Report on the cholera epidemic of
Year: 1868
Disease focus: Cholera
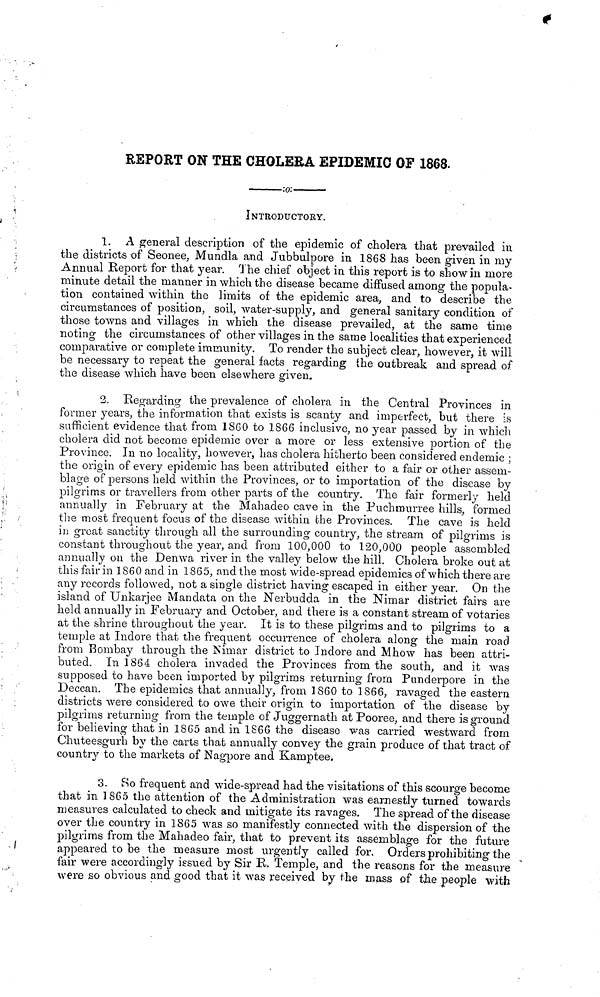
REPORT ON THE CHOLERA EPIDEMIC OF 1868.
______:O:___________ INTRODUCTORY.
1. A general description of the epidemic of cholera that prevailed in
the districts of Seonee, Mundla and Jubbulpore in 1868 has been given in my
Annual Report for that year. The chief object in this report is to show in more
minute detail the manner in which the disease became diffused among the popula-
tion contained within the limits of the epidemic area, and to describe the
circumstances of position, soil, water-supply, and general sanitary condition of
those towns and villages in which the disease prevailed, at the same time
noting the circumstances of other villages in the same localities that experienced
comparative or complete immunity. To render the subject clear, however, it will
be necessary to repeat the general facts regarding the outbreak and spread of
the disease which have been elsewhere given.
2. Regarding the prevalence of cholera in the Central Provinces in
former years, the information that exists is scanty and imperfect, but there is
sufficient evidence that from 1860 to 1866 inclusive, no year passed by in which
cholera did not become epidemic over a more or less extensive portion of the
Province. In no locality, however, has cholera hitherto been considered endemic ;
the origin of every epidemic has been attributed either to a fair or other assem-
blage of persons held within the Provinces, or to importation of the disease by
pilgrims or travellers from other parts of the country. The fair formerly held
annually in February at the Mahadeo cave in the Puchmurree hills, formed
the most frequent focus of the disease within the Provinces. The cave is held
in groat sanctity through all the surrounding country, the stream of pilgrims is
constant throughout the year, and from 100,000 to 120,000 people assembled
annually on the Denwa river in the valley below the hill. Cholera broke out at
this fair in 1860 and in 1865, and the most wide-spread epidemics of which there are
any records followed, not a single district having escaped in either year. On the
island of Unkarjee Mandata on the Nerbudda in the Nimar district fairs are
held annually in February and October, and there is a constant stream of votaries
at the shrine throughout the year. It is to these pilgrims and to pilgrims to a
temple at Indore that the frequent occurrence of cholera along the main road
from Bombay through the Nimar district to Indore and Mhow has been attri-
buted. In 1864 cholera invaded the Provinces from the south, and it was
supposed to have been imported by pilgrims returning from Punderpore in the
Deccan. The epidemics that annually, from 1860 to 1866, ravaged the eastern
districts were considered to owe their origin to importation of the disease by
pilgrims returning from the temple of Juggernath at Pooree, and there is ground
for believing that in 1865 and in 1866 the disease was carried westward from
Chuteesgurh by the carts that annually convey the grain produce of that tract of
country to the markets of Nagpore and Kamptee.
3. So frequent and wide-spread had the visitations of this scourge become
that in 1865 the attention of the Administration was earnestly turned towards
measures calculated to check and mitigate its ravages. The spread of the disease
over the country in 1865 was so manifestly connected with the dispersion of the
pilgrims from the Mahadeo fair, that to prevent its assemblage for the future
appeared to be the measure most urgently called for. Orders prohibiting the
fair were accordingly issued by Sir R. Temple, and the reasons for the measure
were so obvious and good that it was received by the mass of the people with